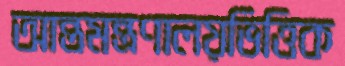
আন্তমন্ত্রণালয়ভিত্তিক